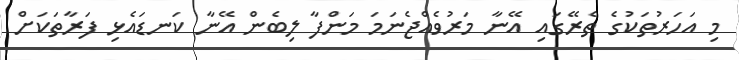
މި އަހަރުތަކުގެ ތެރޭގައި އޭނާ މަރުވެއްޖެނަމަ މަންފާ ލިބެން އޭނާ ކަނޑައެޅި ފަރާތަކަށް